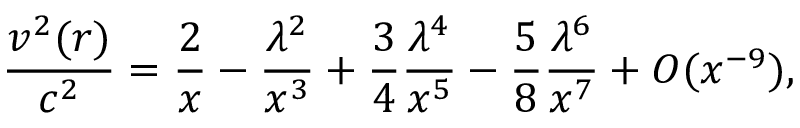
\frac { v ^ { 2 } ( r ) } { c ^ { 2 } } = \frac { 2 } { x } - \frac { \lambda ^ { 2 } } { x ^ { 3 } } + \frac { 3 } { 4 } \frac { \lambda ^ { 4 } } { x ^ { 5 } } - \frac { 5 } { 8 } \frac { \lambda ^ { 6 } } { x ^ { 7 } } + { \cal O } ( x ^ { - 9 } ) ,